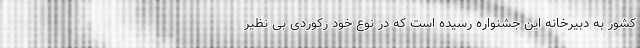
کشور به دبیرخانه این جشنواره رسیده است که در نوع خود رکوردی بی نظیر